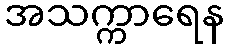
အသက္ကာရေန